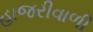
હાજરીવાળી